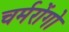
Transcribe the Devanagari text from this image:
चर्मरोंगो